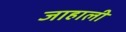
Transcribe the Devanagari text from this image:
जाहाली